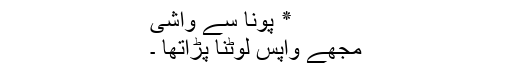
٭ پونا سے واشی
مجھے واپس لوٹنا پڑاتھا ۔